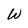
Character: W